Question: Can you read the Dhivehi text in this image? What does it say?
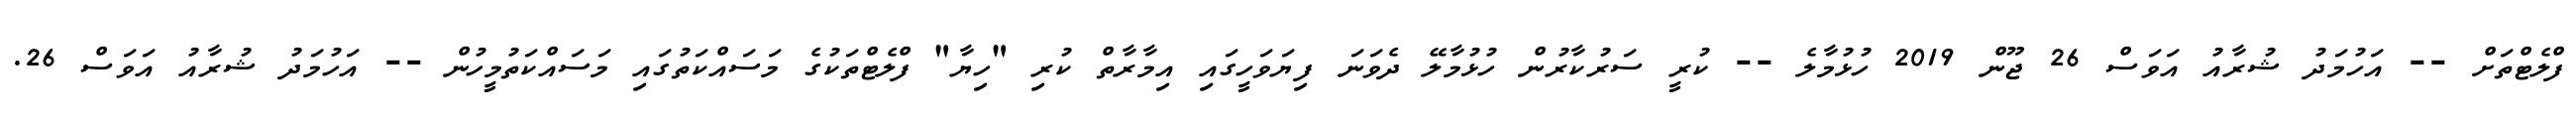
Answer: ފްލެޓްތަށް -- އަހުމަދު ޝުރާއު އަވަސް 26 ޖޫން 2019 ހުޅުމާލެ -- ކުރީ ސަރުކާރުން ހުޅުމާލޭ ދެވަނަ ފިޔަވަހީގައި އިމާރާތް ކުރި "ހިޔާ" ފްލެޓްތަކުގެ މަސައްކަތުގައި މަސައްކަތުމީހުން -- އަހުމަދު ޝުރާއު އަވަސް 26.